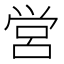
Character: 営